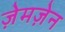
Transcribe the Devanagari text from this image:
ज़ेमज़ेन